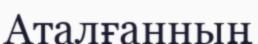
Аталғанның